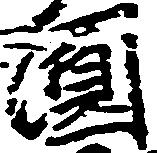
円